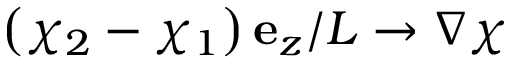
\left( \chi _ { 2 } - \chi _ { 1 } \right) { \bf e } _ { z } / L \rightarrow \nabla \chi